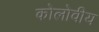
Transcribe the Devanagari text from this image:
कोलोवीय